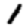
Digit: 1